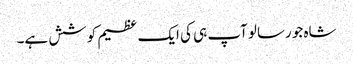
شاہ جو رسالو آپ ہی کی ایک عظیم کوشش ہے۔